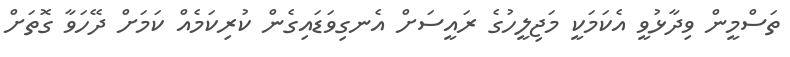
ތަސްމީން ވިދާޅުވީ އެކަމަކީ މަޖިލީހުގެ ރައީސަށް އެނގިވަޑައިގެން ކުރިކަމެއް ކަމަށް ދޭހަވާ ގޮތަށް